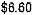
$6.60